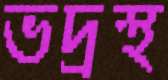
ভদ্রস্থ